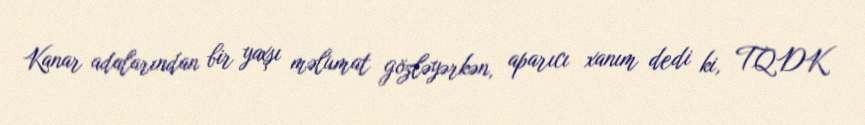
Kanar adalarından bir yaxşı məlumat gözləyərkən, aparıcı xanım dedi ki, TQDK